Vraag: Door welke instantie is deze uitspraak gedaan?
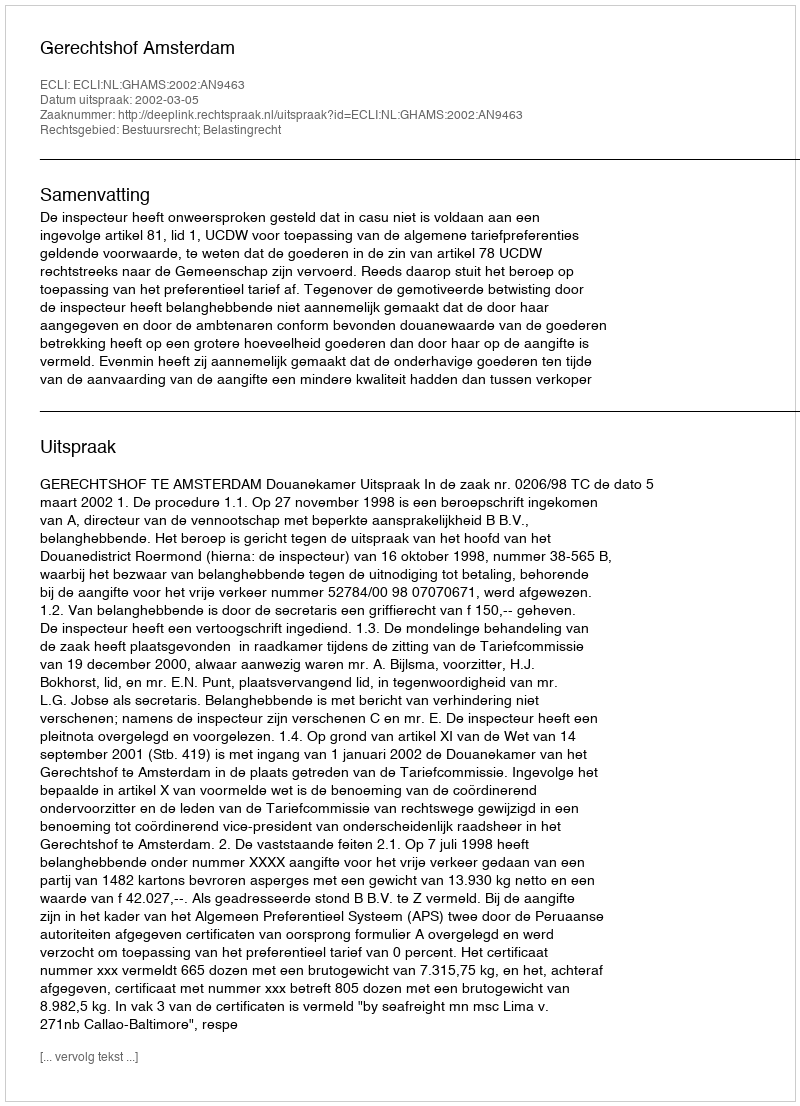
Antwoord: Gerechtshof Amsterdam